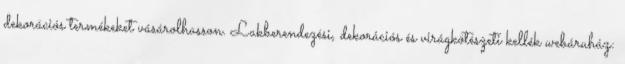
dekorációs termékeket vásárolhasson. Lakberendezési, dekorációs és virágkötészeti kellék webáruház: